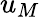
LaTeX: u_{M}